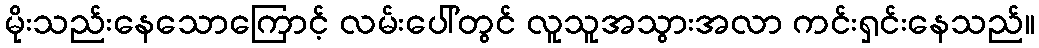
မိုးသည်းနေသောကြောင့် လမ်းပေါ်တွင် လူသူအသွားအလာ ကင်းရှင်းနေသည်။